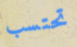
تحتسب